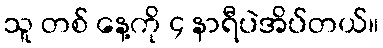
သူ တစ် နေ့ကို ၄ နာရီပဲအိပ်တယ်။